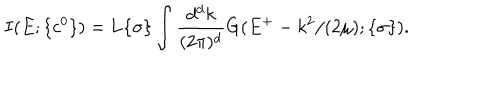
I ( E ; \{ c ^ { 0 } \} ) = { \bf L } { \{ \sigma \} } \int \displaystyle \frac { d ^ { d } k } { ( 2 \pi ) ^ { d } } G ( E ^ { + } - k ^ { 2 } / ( 2 \mu ) ; \{ \sigma \} ) .